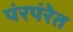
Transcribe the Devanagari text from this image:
पंरपंरेत